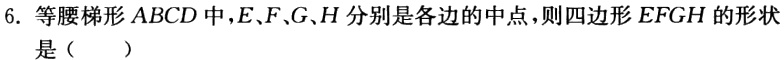
6. 等腰梯形\(ABCD\)中，\(E,F,G,H\)分别是各边的中点，则四边形\(EFGH\)的形状是（  ）